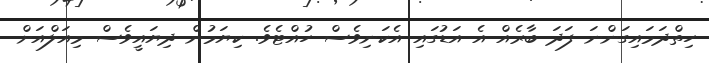
ހިތްދަމައިގަންނަ ފަދަ ބާރެއް އެ އަޑުގައި އެކަނިވެސް ހުއްޓެވެ. ކިޔަމުން ދިޔައީވެސް މިއަލްއަށް